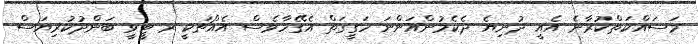
މަސައްކަތްކުރާނެ އެއީ ދުނިޔެ ދެކެމުންއަންނަ ހަގީގަތް އެގޭހާވެސް އެއްޗަކީ ރ ޓީވީ ބަންދުކުރިޔަސް